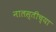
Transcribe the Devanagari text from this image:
नालस्तीच्या